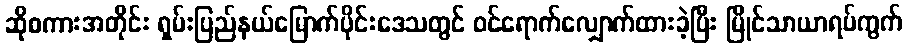
ဆိုစကားအတိုင်း ရှမ်းပြည်နယ်မြောက်ပိုင်းဒေသတွင် ဝင်ရောက်လျှောက်ထားခဲ့ပြီး မြိုင်သာယာရပ်ကွက်